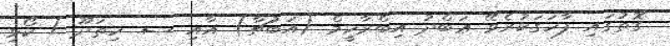
ގޮތުގައި ފާހަގަކުރެވޭ ޢަބްދު އިބްރާހީމް (އަބުޗާ) އާއި ސ. ހިތަދޫ / ކޯޅި